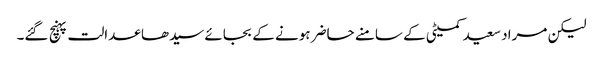
لیکن مراد سعید کمیٹی کے سامنے حاضر ہونے کے بجائے سیدھا عدالت پہنچ گئے۔